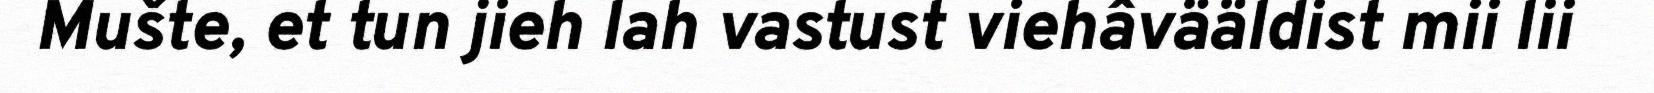
Mušte, et tun jieh lah vastust viehâvääldist mii lii